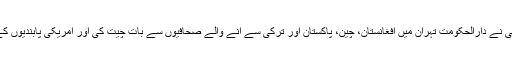
خبر رساں ادارے کے مطابق آران کے صدر حسن روحانی نے دارالحکومت تہران میں افغانستان، چین، پاکستان اور ترکی سے آنے والے صحافیوں سے بات چیت کی اور امریکی پابندیوں کے بعد ایران میں پیدا ہونے والی صورت حال سے آگاہ کیا۔